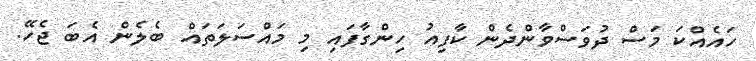
ހައެއްކަ މަސް ދުވަސްވާންދެން ކާފިއު ހިންގާފައި މި މައްސަލަތައް ބެލެން އެބަ ޖެހޭ.